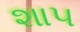
શા૫